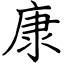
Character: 康